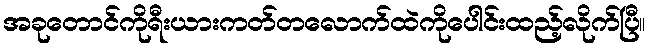
အခုတောင်ကိုရီးယားကတ်တလောက်ထဲကိုပေါင်းထည့်လိုက်ပြီ။